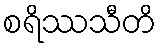
စရိဿသီတိ